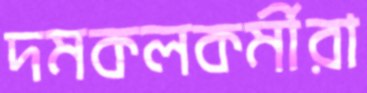
দমকলকর্মীরা